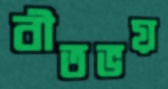
বীতভয়